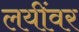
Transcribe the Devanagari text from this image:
लयींवर